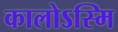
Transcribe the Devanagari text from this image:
कालोऽस्मि